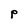
Character: P